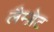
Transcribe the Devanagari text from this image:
लैम्ब्रेट